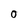
Character: 0